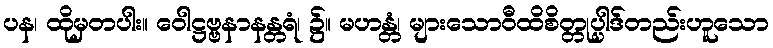
ပန၊ ထိုမှတပါး။ ဝေါဋ္ဌဗ္ဗနာနန္တရံ၊ ၌။ မဟန္တံ၊ များသောဝီထိစိတ္တုပ္ပါဒ်တည်းဟူသော